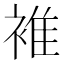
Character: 𧚮